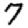
Digit: 7